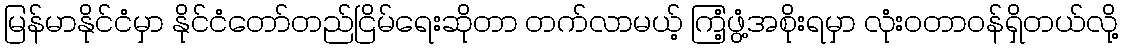
မြန်မာနိုင်ငံမှာ နိုင်ငံတော်တည်ငြိမ်ရေးဆိုတာ တက်လာမယ့် ကြံ့ဖွံ့အစိုးရမှာ လုံးဝတာဝန်ရှိတယ်လို့